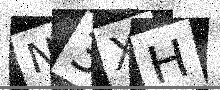
Text: N3XH